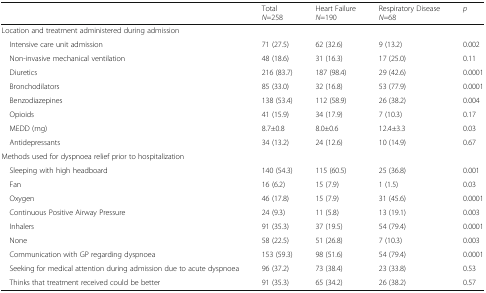
|  | Total N=258 | Heart FailureN=190 | Respiratory DiseaseN=68 | p |
 | --- | --- | --- | --- | --- |
 | <COLSPAN=5> Location and treatment administered during admission |
 | Intensive care unit admission | 71 (27.5) | 62 (32.6) | 9 (13.2) | 0.002 |
 | Non-invasive mechanical ventilation | 48 (18.6) | 31 (16.3) | 17 (25.0) | 0.11 |
 | Diuretics | 216 (83.7) | 187 (98.4) | 29 (42.6) | 0.0001 |
 | Bronchodilators | 85 (33.0) | 32 (16.8) | 53 (77.9) | 0.0001 |
 | Benzodiazepines | 138 (53.4) | 112 (58.9) | 26 (38.2) | 0.004 |
 | Opioids | 41 (15.9) | 34 (17.9) | 7 (10.3) | 0.17 |
 | MEDD (mg) | 8.7±0.8 | 8.0±0.6 | 12.4±3.3 | 0.03 |
 | Antidepressants | 34 (13.2) | 24 (12.6) | 10 (14.9) | 0.67 |
 | <COLSPAN=5> Methods used for dyspnoea relief prior to hospitalization |
 | Sleeping with high headboard | 140 (54.3) | 115 (60.5) | 25 (36.8) | 0.001 |
 | Fan | 16 (6.2) | 15 (7.9) | 1 (1.5) | 0.03 |
 | Oxygen | 46 (17.8) | 15 (7.9) | 31 (45.6) | 0.0001 |
 | Continuous Positive Airway Pressure | 24 (9.3) | 11 (5.8) | 13 (19.1) | 0.003 |
 | Inhalers | 91 (35.3) | 37 (19.5) | 54 (79.4) | 0.0001 |
 | None | 58 (22.5) | 51 (26.8) | 7 (10.3) | 0.003 |
 | Communication with GP regarding dyspnoea | 153 (59.3) | 98 (51.6) | 54 (79.4) | 0.0001 |
 | Seeking for medical attention during admission due to acute dyspnoea | 96 (37.2) | 73 (38.4) | 23 (33.8) | 0.53 |
 | Thinks that treatment received could be better | 91 (35.3) | 65 (34.2) | 26 (38.2) | 0.57 |